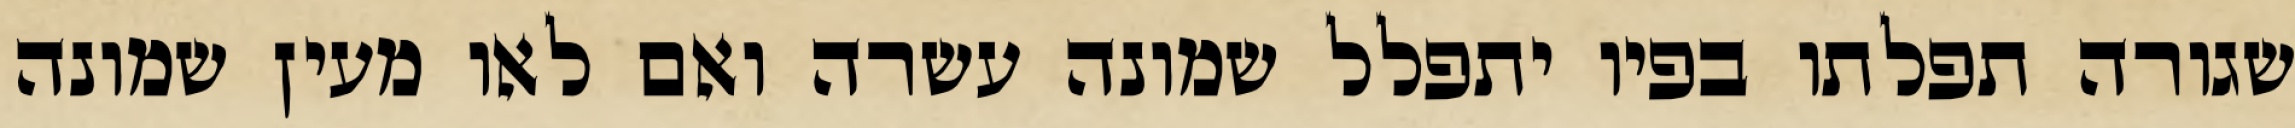
שגורה תפלתו בפיו יתפלל שמונה עשרה ואם לאו מעין שמונה